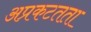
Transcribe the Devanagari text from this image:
अप्रकटतता